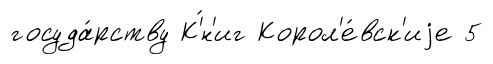
госуда́рству К'́н'иг Корол'е́вск'иjе 5